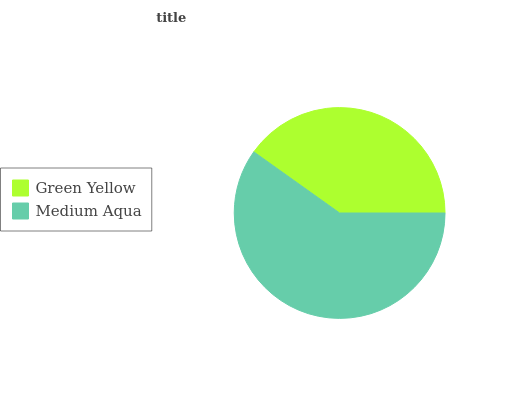
| Green Yellow | Medium Aqua |
 | --- | --- |
 | 40.1% | 59.9% |